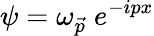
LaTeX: \psi=\omega_{\vec{p}}\; e^{-ipx}